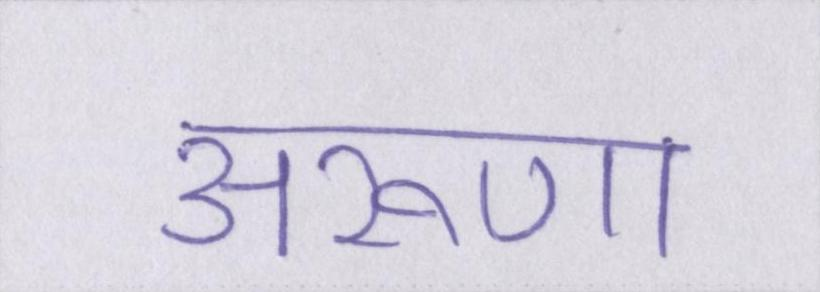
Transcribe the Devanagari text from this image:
अरूणा